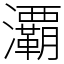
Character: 㶚